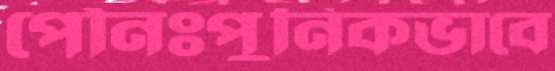
পৌনঃপুনিকভাবে